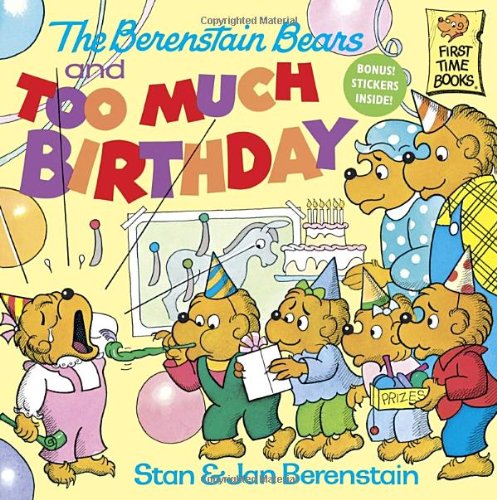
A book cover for The Berenstain Bears and Too Much Birthday; Stan Berenstain; Children's Books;